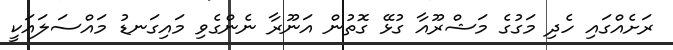
ރަށެއްގައި ހެދި މަގުގެ މަޝްރޫއާ ގުޅޭ ގޮތުން އަނޫރާ ނެންގެވި މައިގަނޑު މައްސަލައަކީ